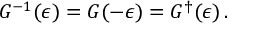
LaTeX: G ^ { - 1 } ( \epsilon ) = G ( - \epsilon ) = G ^ { \dagger } ( \epsilon ) \, .